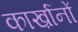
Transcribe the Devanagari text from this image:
कार्ख़ानों